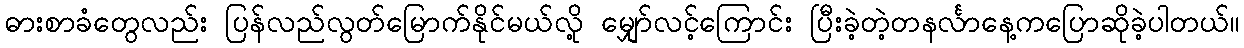
ဓားစာခံတွေလည်း ပြန်လည်လွတ်မြောက်နိုင်မယ်လို့ မျှော်လင့်ကြောင်း ပြီးခဲ့တဲ့တနင်္လာနေ့ကပြောဆိုခဲ့ပါတယ်။